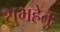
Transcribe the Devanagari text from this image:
शुभहेतुः